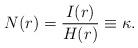
LaTeX: \begin{align*}N(r) = \frac{I(r)}{H(r)} \equiv \kappa.\end{align*}